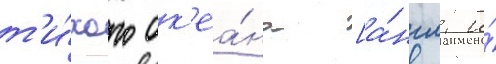
т'и́хого ок'еа́на [а́нгл. и́